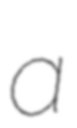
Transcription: a